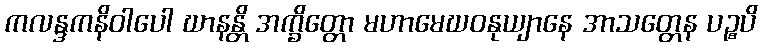
ကလန္ဒကနိဝါပေါ ဃာနန္တိ အက္ခိတ္တော မဟာမေဃဝနုယျာနေ အာသတ္တေန ပဉ္စပိ